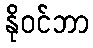
နိုဝင်ဘာ